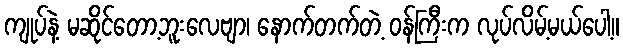
ကျုပ်နဲ့ မဆိုင်တော့ဘူးလေဗျာ၊ နောက်တက်တဲ့ ဝန်ကြီးက လုပ်လိမ့်မယ်ပေါ့။